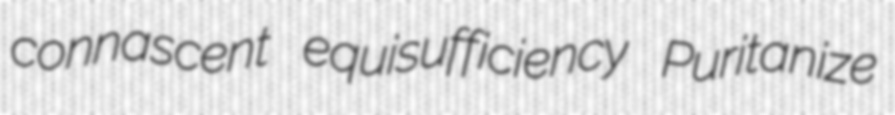
connascent equisufficiency Puritanize